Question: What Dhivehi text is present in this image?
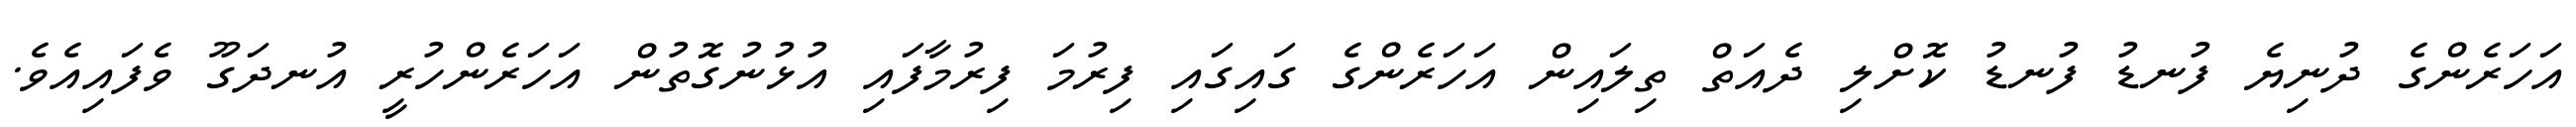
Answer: އަހަރެންގެ ދުނިޔެ ފުނޑު ފުނޑު ކޮށްލި ދެއަތް ތިލައިން އަހަރެންގެ ގައިގައި ފިރުމަ ފިރުމާފައި އުޅުނުގޮތުން އަހަރެންހުރީ އުނދަގޫ ވެފައިއެވެ.